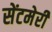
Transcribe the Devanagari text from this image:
सेंटमेरी